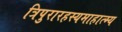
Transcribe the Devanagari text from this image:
त्रिपुरारहस्यमाहात्म्य